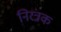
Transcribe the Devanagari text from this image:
निरंत्रक